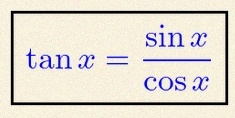
\tan x=\frac{\sin x}{\cos x}